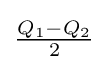
{\textstyle {\frac {Q_{1}-Q_{2}}{2}}}